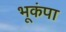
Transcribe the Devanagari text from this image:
भूकंपा